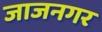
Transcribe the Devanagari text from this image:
जाजनगर